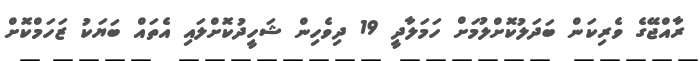
ރާއްޖޭގެ ވެރިކަން ބަދަލުކޮށްލުމަށް ހަމަލާދީ 19 ދިވެހިން ޝަހީދުކޮށްލައި އެތައް ބަޔަކު ޒަހަމްކޮށް